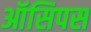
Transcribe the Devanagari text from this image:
ऑसिपस